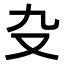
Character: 𠬚